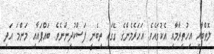
ލޮތްބާއި އިހުތިރާމާއި އެކުގައެވެ. އަހަރެމެންގެ ގޭގައި ތިބެނީ ފަސްކުދިންނެވެ. ބައްޕައާއި މަންމަ އަދި